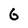
Character: 6